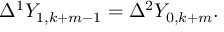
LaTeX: \Delta ^ { 1 } Y _ { 1 , k + m - 1 } = \Delta ^ { 2 } Y _ { 0 , k + m } .